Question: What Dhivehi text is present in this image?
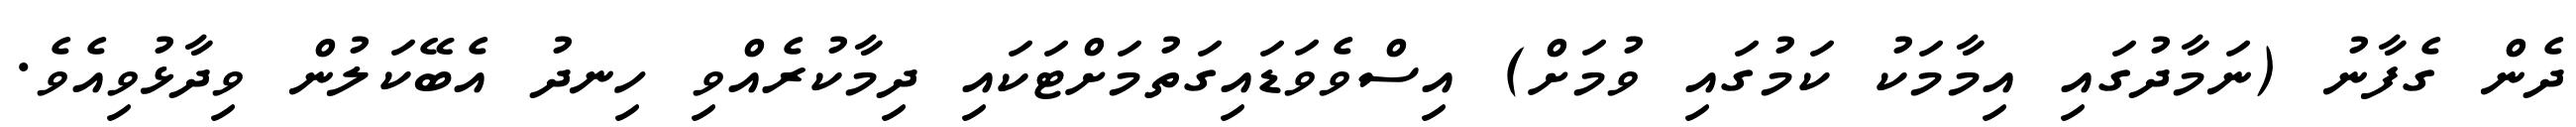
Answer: ދެން ގެފާނު (ނަމާދުގައި އިމާމަކު ކަމުގައި ވުމަށް) އިސްވެވަޑައިގަތުމަށްޓަކައި ދިމާކުރެއްވި ހިނދު އެބޭކަލުން ވިދާޅުވިއެވެ.